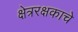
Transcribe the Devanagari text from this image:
क्षेत्ररक्षकाचे